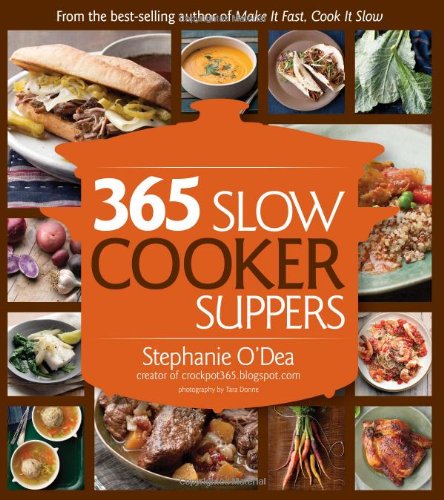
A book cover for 365 Slow Cooker Suppers; Stephanie O'Dea; Cookbooks, Food & Wine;